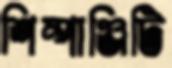
শিম্পাঞ্জিটি